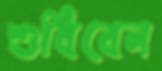
শুধিবেন